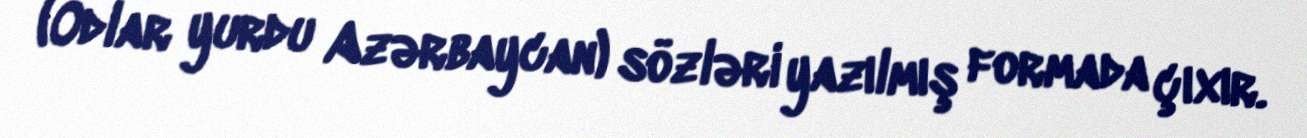
(Odlar yurdu Azərbaycan) sözləri yazılmış formada çıxır.